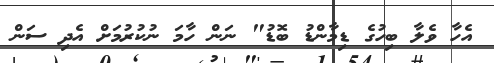
އެހާ ވެލާ ބިހުގެ ޑިމާންޑު ބޮޑު" ނަން ހާމަ ނުކުރުމަށް އެދި ސަން